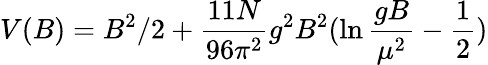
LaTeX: V(B)=B^{2}/2+\frac{11N}{96\pi^{2}}g^{2}B^{2}(\ln\frac{gB}{\mu^{2}}-\frac{1}{2})